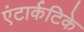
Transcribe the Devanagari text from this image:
एंटार्कटिके